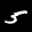
Label: 5